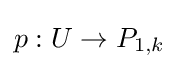
p:U\to P_{1,k}